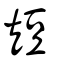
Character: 短